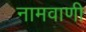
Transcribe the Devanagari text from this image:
नामवाणी